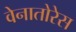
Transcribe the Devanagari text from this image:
वेनातोरेस